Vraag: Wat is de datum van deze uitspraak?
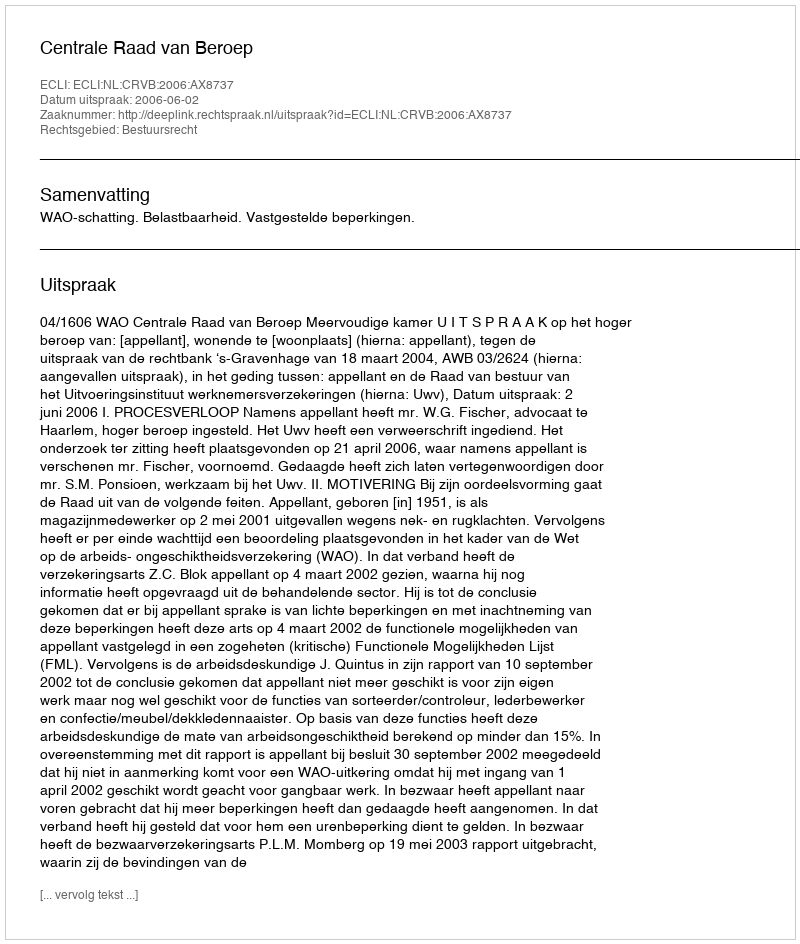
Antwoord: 2006-06-02